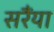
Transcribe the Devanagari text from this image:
सरैंया